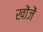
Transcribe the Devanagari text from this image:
खोंजें